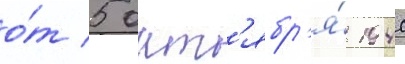
о́т 5 окт'ябр'я́ 1940